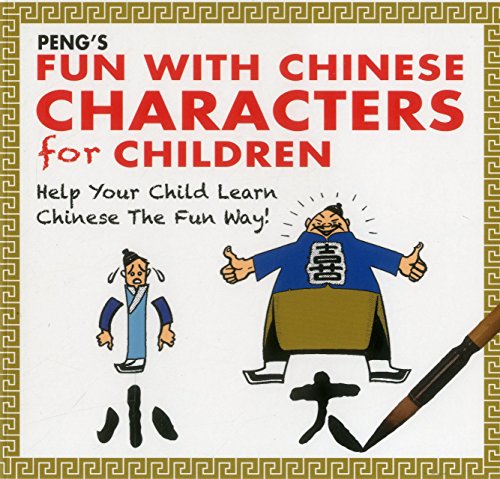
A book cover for PENG's Fun with Chinese Characters for Children: Help Your Child Learn Chinese the Fun Way!; Tan Huay Peng; Reference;